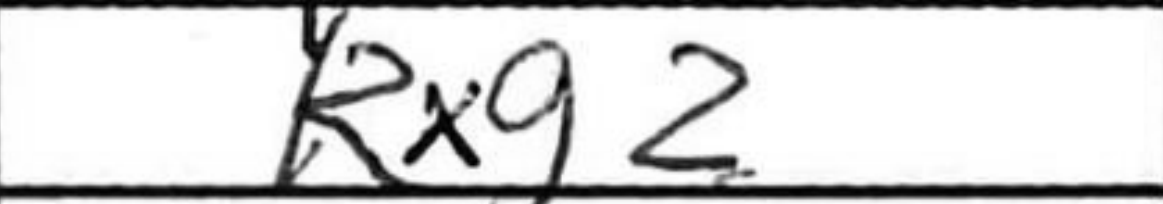
Transcription: Rxg2